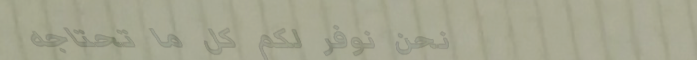
نحن نوفر لكم كل ما تحتاجه